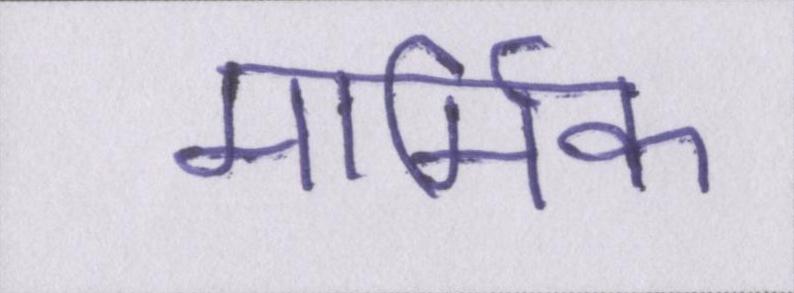
मार्मिक